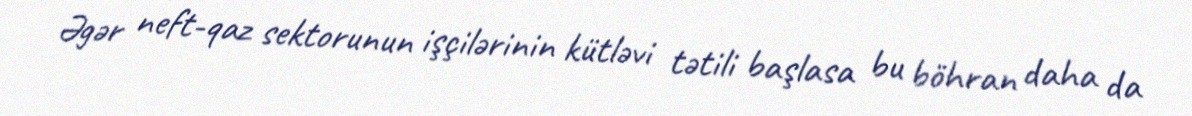
Əgər neft-qaz sektorunun işçilərinin kütləvi tətili başlasa bu böhran daha da